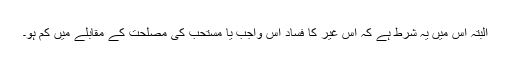
البتہ اس میں یہ شرط ہے کہ اِس غیر کا فساد اُس واجب یا مستحب کی مصلحت کے مقابلے میں کم ہو۔